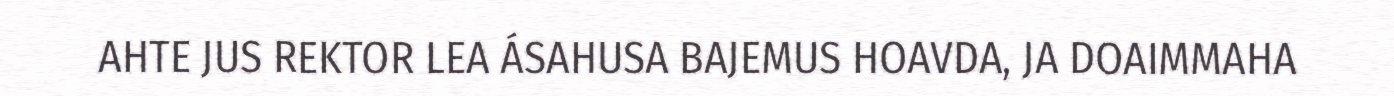
AHTE JUS REKTOR LEA ÁSAHUSA BAJEMUS HOAVDA, JA DOAIMMAHA